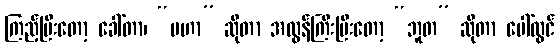
ကြည့်ပြီးတော့ ခေါ်တာ၊ “မဟာ” ဆိုတာ အလွန်ကြီးပြီးတော့ “ဘူတ” ဆိုတာ ပေါ်လွင်